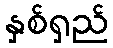
နှစ်ရှည်